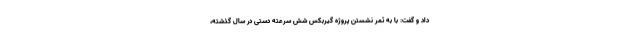
داد و گفت: با به ثمر نشستن پروژه گیربکس شش سرعته دستی در سال گذشته،